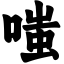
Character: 嗤